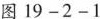
图 19-2-1b